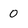
Character: 0